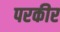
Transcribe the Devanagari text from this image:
परकीर